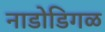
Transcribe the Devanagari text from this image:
नाडोडिगळ